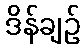
ဒိန်ချဉ်